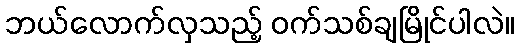
ဘယ်လောက်လှသည့် ဝက်သစ်ချမြိုင်ပါလဲ။